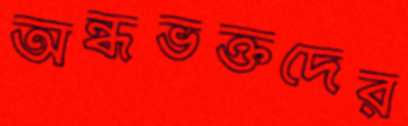
অন্ধভক্তদের